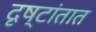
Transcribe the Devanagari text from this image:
दृष्टांतात